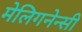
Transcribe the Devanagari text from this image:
मेलिगनेन्सी